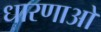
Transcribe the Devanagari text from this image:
धारणाओ